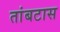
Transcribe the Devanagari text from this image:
तांबटास